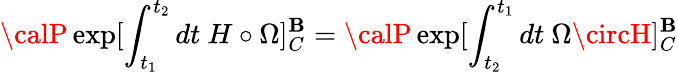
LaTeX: {\calP}\exp[\int_{t_{1}}^{t_{2}}dt\ H\circ\Omega]_{C}^{\mathbf{B}}={\calP}\exp[\int_{t_{2}}^{t_{1}}dt\ \Omega\circH]_{C}^{\mathbf{B}}